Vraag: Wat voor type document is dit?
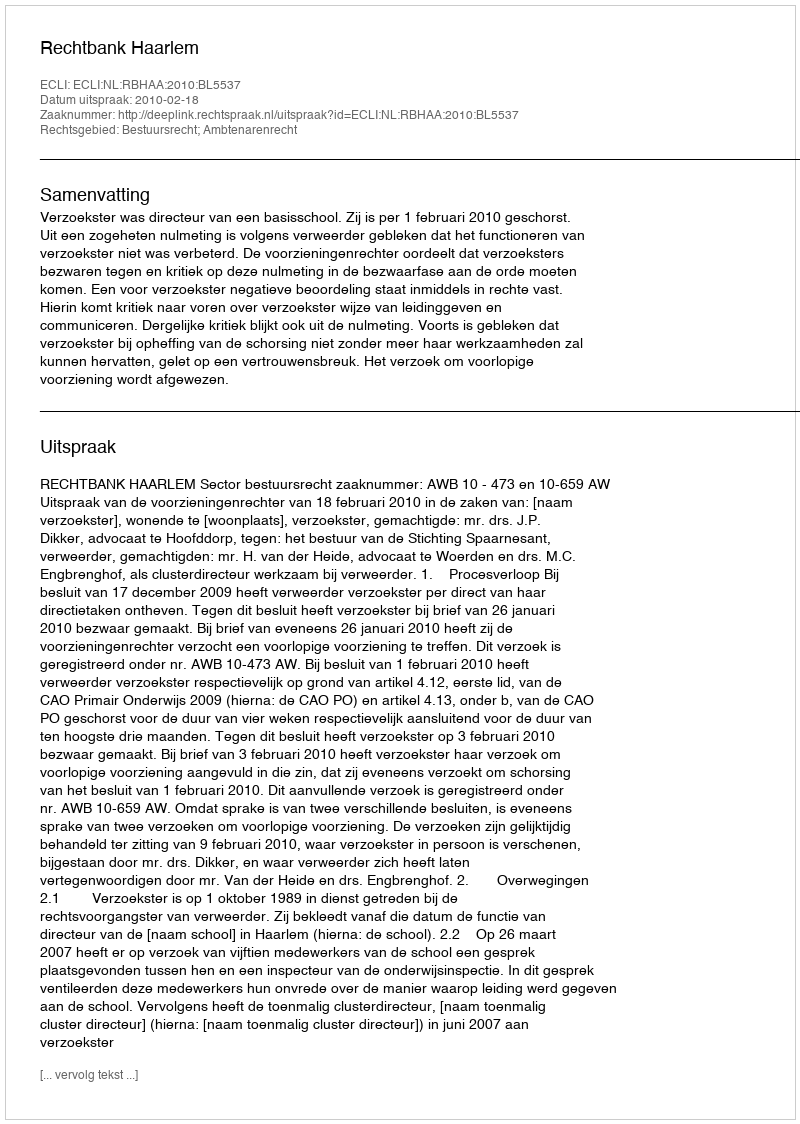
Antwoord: Uitspraak